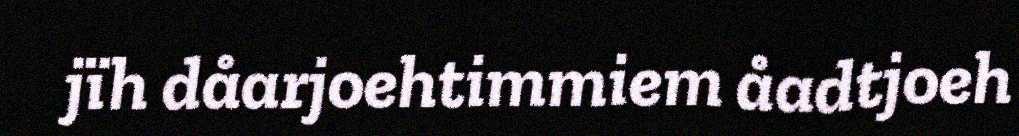
jïh dåarjoehtimmiem åadtjoeh